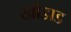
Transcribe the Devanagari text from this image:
खोडाड